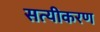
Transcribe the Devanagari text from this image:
सत्यीकरण